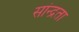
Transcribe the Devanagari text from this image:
सांन्द्रता